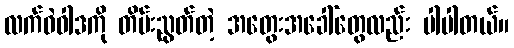
လက်ဝဲဝါဒကို တိမ်းညွတ်တဲ့ အတွေးအခေါ်တွေလည်း ပါပါတယ်။